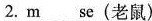
2.m_ _se(老鼠)